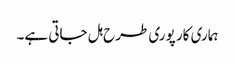
ہماری کار پوری طرح ہل جاتی ہے۔